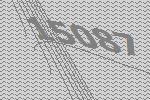
15087